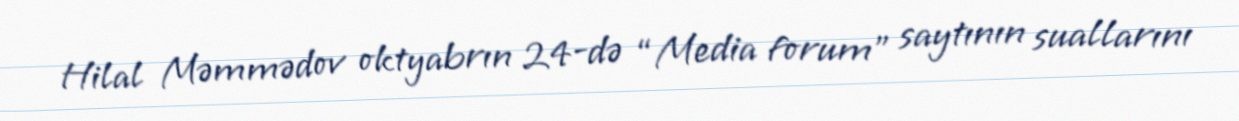
Hilal Məmmədov oktyabrın 24-də “Media forum” saytının suallarını